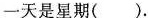
一天是星期( ).